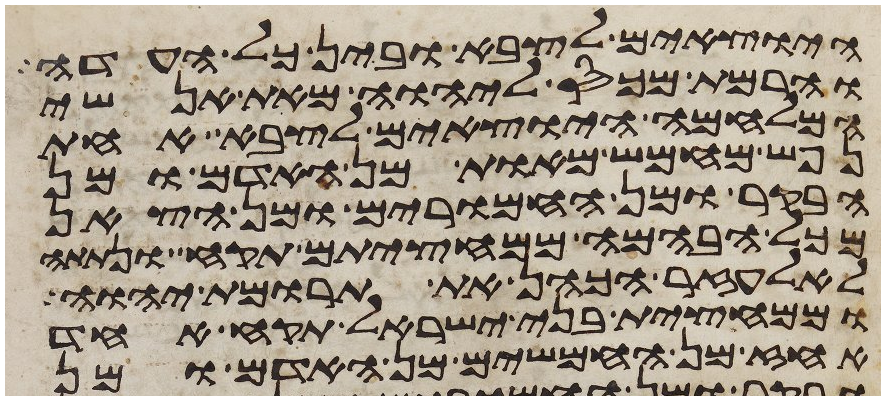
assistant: היוצאים לצבא ובין כל העדה
והרמת מכס ליהוה מאת אנשי
המלחמה היוצאים לצבא אחת
נפש מחמש מאות מן האדם ומן
הבקר ומן החמרים ומן הצאן
מכל הבהמה ממחציתם תקח ונתתה
לאלעזר הכהן את תרומת יהוה
וממחצית בני ישראל תקח אחד
אחז מן החמשים מן האדם ומן